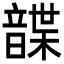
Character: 𩐱